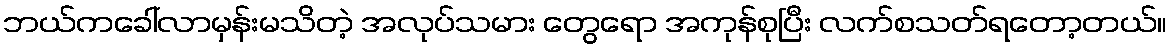
ဘယ်ကခေါ်လာမှန်းမသိတဲ့ အလုပ်သမား တွေရော အကုန်စုပြီး လက်စသတ်ရတော့တယ်။